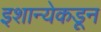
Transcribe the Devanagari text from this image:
इशान्येकडून